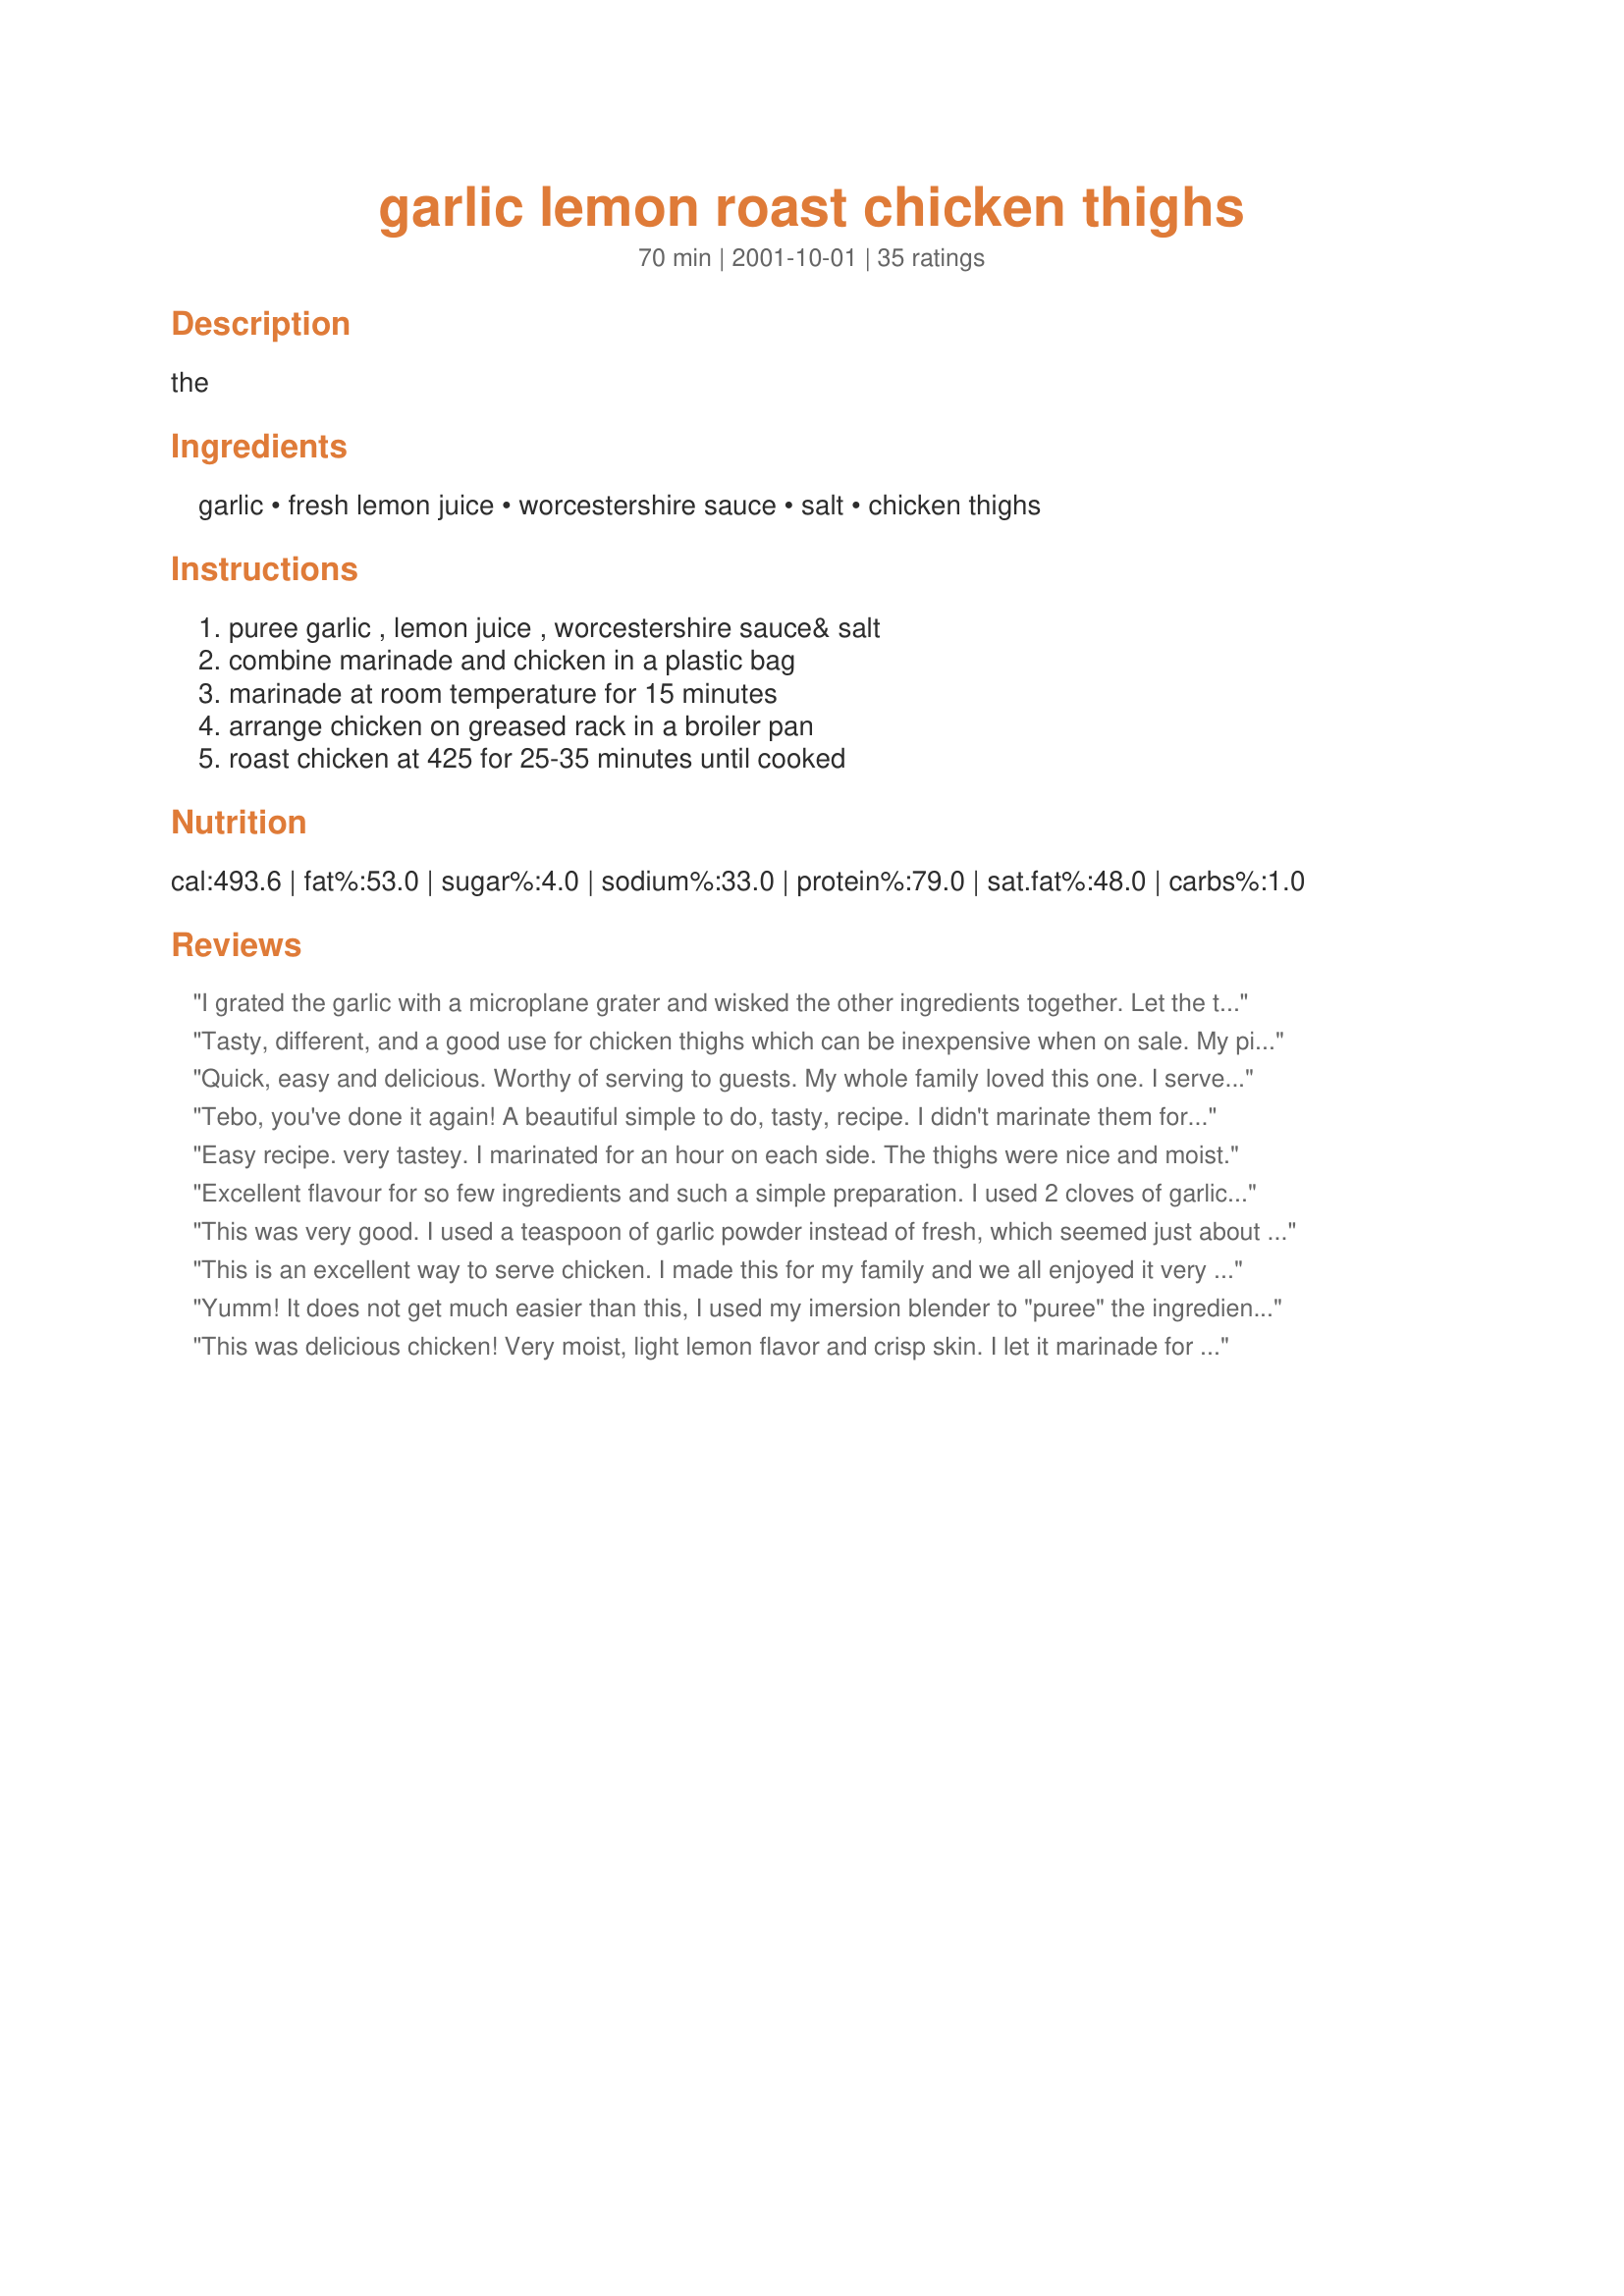
garlic lemon roast chicken thighs
Preparation time: 70 minutes

the

Ingredients:
garlic, fresh lemon juice, worcestershire sauce, salt, chicken thighs

Steps:
puree garlic , lemon juice , worcestershire sauce& salt, combine marinade and chicken in a plastic bag, marinade at room temperature for 15 minutes, arrange chicken on greased rack in a broiler pan, roast chicken at 425 for 25-35 minutes until cooked

Reviews:
I grated the garlic with a microplane grater and wisked the other ingredients together. Let the thighs marinate overnight. They came out moist and really tasty. Great recipe. Thank you.
Tasty, different, and a good use for chicken thighs which can be inexpensive when on sale. My picky husband even liked them. Will definitely make again.
Quick, easy and delicious. Worthy of serving to guests. My whole family loved this one. I served this with rosemary potatoes and a dinner salad.
Tebo, you've done it again! A beautiful simple to do, tasty, recipe. I didn't marinate them for 15 min I just put the skin side down in the baking dish I was going to use, poured the sauce over and left them in the fridge until cooking time, turned them over and baked them , middle rake for about 45 min. They were brown, crisp and good. I also added some pepper Thanks Tebo
Easy recipe. very tastey. I marinated for an hour on each side. The thighs were nice and moist.
Excellent flavour for so few ingredients and such a simple preparation. I used 2 cloves of garlic and let the chicken marinate for 3 hours. The skin was nice and crispy - delicious!
This was very good. I used a teaspoon of garlic powder instead of fresh, which seemed just about right. I only marinated it about 45 minutes, but I think next time I&#039;ll marinate it all day just because the marinade didn&#039;t seem to penetrate the chicken very much.
This is an excellent way to serve chicken. I made this for my family and we all enjoyed it very much. I will do it again as it was simple to prepare. Thank you for sharing.
Yumm! It does not get much easier than this, I used my imersion blender to "puree" the ingredients. Marinated for about 35 minutes (we did our evening walk during this time and preheated the oven before we left the house). Came home, popped them in the oven using our cooling racks on a cookie sheet for a broiler, cooked for 25 min, turned, cooked for 5, turned and broiled for 5 more. Came out moist and flavorful and tender, a great lemon-garlic flavor- the worcestershire did not overwhelme the flavor, served with pesto noodles and asparagus, a great quick meal, will make often.
This was delicious chicken! Very moist, light lemon flavor and crisp skin. I let it marinade for 1/2 a day and it baked up nicely in 30 minutes. Next time I'll wrap the bottom of the broiler pan with aluminum for the drippings for easy clean up. Thank you for posting this recipe, it will become a regular for us!
Great marinade. I have made this several times now, and it is great every time. I marinade for several hours in the fridge and it turns out great. I have used fresh garlic and garlic salt to avoid the puree step, and the fresh pureed garlic is better, more flavor. A keeper! Thanks for posting!
This recipe was so simple, yet had so much flavor. I received many compliments on this one, thanks.
Extremly easy. Delightful and different taste. I would marinate the chicken longer. We had a glass of lime cooler with the chicken which seemed to help enhance the flavor.
I will do this again. Great for something easy to jazz up some chicken thighs (bone in and skin on) It made for yummy crispy skin! And the chicken was moist. Thank you for sharing.
The chicken was okay. The kids didn't like it. Won't be making it again.
Came out perfectly. I used equal amounts of lemon juice and Worcestershire sauce and neither flavor dominated. As for step 2, you can marinate it in a bowl instead of a plastic bag.
Loved it! But it needed longer than 35 minute to cook all the way through. I also used garlic powder rather than fresh and it was still good.
Everyone, including my picky 9 year old loved this chicken! Thanks for a great meal! I added the juice from the other half of the lemon that was left over, but left the rest of the recipe as is. Wonderful!
My family and I really enoyed this recipe. It was very easy and the thighs turned out crispy and delicious. A great week night meal to just throw in the oven. Thanks!
I really really enjoyed this. It did however take about 45 minutes to reach a safe temp. Great flavor and easy too.
This is the first recipe that I have tried on recipezaar.com and it was amazing! It was so easy and the chicken came out incredibly moist, with crunchy skin. I will definitely be trying your other recipes!
This is a true winner, great exactly as written, and even better than I hoped. I used my Magic Bullet type blender to puree the garlic with the other marinade ingredients. Quick and easy. I used boneless skinless thghs, and they cooked in the time prescribed. The flavor was great. If I hadn't made it myself, I would have been hard put to identify the ingredients, they blended together so well into a pleasing whole. My husband loved this, too. BRAVO! We'll be having this one often!<br/><br/>Additional note: Tonight, I made a bed of cubed onions, red potatoes, and butternut squash, seasoned and tossed with olive oil, and roasted the thighs on that for about an hour and a quarter, having poured the remaining marinade over it all. The result was excellent.
Great! Would like to marinate longer. Kids loved it served with cooked spinach w/butter and couscous. Thank you!<br/>Made it again, forgetting I had previously made it, and decided I would've given it 3 stars b/c it needs to marinate longer for better flavorand it seems unnecessary to puree marinade-instead just use garlic press (less to clean). Very mild flavor for families with young children.
I can't believe how E A S Y this was. For once I had all the ingredients to a recipe, that's a first. I cooked it in a glass baking dish and dumped the whole bag, marinade and all, into the dish. I used a lower temperature and forgot to turn it over but it was very delicious. Oh wait, you're supposed to PUREE the marinade? Oops, I liked it the way it was =P
Excellent recipe! Highly recommended.
Regarding the "difficult" part with pureeing, an easier method is substituting the garlic cloves with garlic powder. One clove equals 1/8th tsp. of garlic powder. Therefore, substitute 1/2 tsp. powder and no pureeing is required. I also marinated the chicken in the fridge for many hours which makes the chicken so much more tender & juicier! A keeper!
It was good, but nothing spectacular.
SImple and delicious - I marinated the thighs for a couple of hours in the fridge, and used a hand blender to &#039;puree&#039; the mix, which worked perfectly. Would recommend it to my friends in our &#039;&#039;foodie&#039;&#039; club..
I really did not care for the taste of these - too much taste of the worcestershire sauce. I normally do my thighs with a hint of olive oil, fresh lemon juice, and garlic, and lemon pepper - we all prefer that to these. Thanks - I am glad I tried something new, but I won't make these again.
This was delicious. I used the minced garlic in a jar. I marinated all day. Yum!
This marinade had a strong lemon/worcestershire taste, that suprisingly married very well together....but, I would only use this in a casual setting for family or friends who just dropped by. I love pepper, so I added 1 tsp of lemon pepper. We grilled the chicken, instead of roasting. This would be perfect for OMAC. As my DD loved the chicken, I will be doing this recipe again
Really looking forward to baking tomorrow night. I'll be marinating overnight since I get home so late and can't do both steps in one night ... I hope this won't be a problem. I'm usually a crock-pot gal. The marinate was super tasty and I really appreciated the tip re: garlic powder since that made putting it together super easy. Will update with stars soon:)
DELICIOUS!&lt;br/&gt;&lt;br/&gt;I made this exactly as per recipe and I was not disappointed! Crispy skin, tangy in a good way!&lt;br/&gt;&lt;br/&gt;Next time I&#039;ll try marinading it in the fridge overnight.
This was pretty good. I added some olive oil to the marinade.
Really loved it... I thought the lemon and worcestershire really went well together. It's a combination that I hadn't really thought of before. I marinated my thighs in a plastic bag and swished the marinade around a few times for about 20 minutes since I had some rather big thighs. They took about 30 minutes to cook and the skin was SOOOOO good and crispy! I served them with some mashed red potatoes and Recipe #61830... a really delicious meal... Thanks for sharing!
I used the juice of 3 lemons, and used a teaspoon of bottled minced garlic. I also marinated the chicken in a bowl for about 4 hours, turning every half hour. I personally really loved this!! The skin was absolutely delicious, and my daughter scoffed it down, she thought it was great too! The only person who didn't like it was my partner, but that's just him, he thought it was too lemonny, still edible but too much lemon. Bugger him I say though lol, my tastebuds loved it :)
